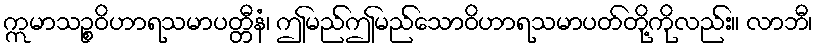
ဣမာသဉ္စဝိဟာရသမာပတ္တီနံ၊ ဤမည်ဤမည်သောဝိဟာရသမာပတ်တို့ကိုလည်း။ လာဘီ၊